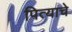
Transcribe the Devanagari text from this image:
पित्‍याचे